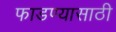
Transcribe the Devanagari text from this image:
फाडण्यासाठी